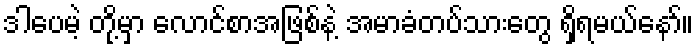
ဒါပေမဲ့ တို့မှာ လောင်စာအဖြစ်နဲ့ အမာခံတပ်သားတွေ ရှိရမယ်နော်။